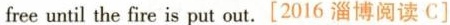
free until the fire is put out.[2016 淄博阅读C]